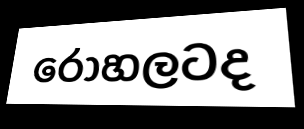
රෝහලටද